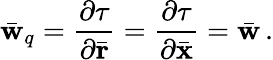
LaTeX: \bar{\mathbf w}_{q}=\frac{\partial\tau}{\partial\bar{\mathbf r}}=\frac{\partial\tau}{\partial\bar{\mathbf x}}=\bar{\mathbf w}\, .